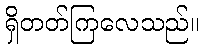
ရှိတတ်ကြလေသည်။